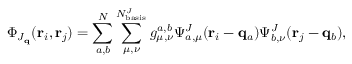
\Phi _ { J _ { \mathbf { q } } } ( \mathbf { r } _ { i } , \mathbf { r } _ { j } ) = \sum _ { a , b } ^ { N } \sum _ { \mu , \nu } ^ { N _ { \mathrm { b a s i s } } ^ { J } } g _ { \mu , \nu } ^ { a , b } \Psi _ { a , \mu } ^ { J } ( \mathbf { r } _ { i } - \mathbf { q } _ { a } ) \Psi _ { b , \nu } ^ { J } ( \mathbf { r } _ { j } - \mathbf { q } _ { b } ) ,